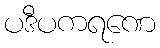
ပဒီပကရဏေ